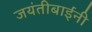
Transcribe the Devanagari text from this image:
जयंतीबाईंनी